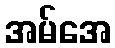
အမ်အေ